Lunatic asylums Central Provinces reports 1895-1909 - 1895-1909
Year: 1895
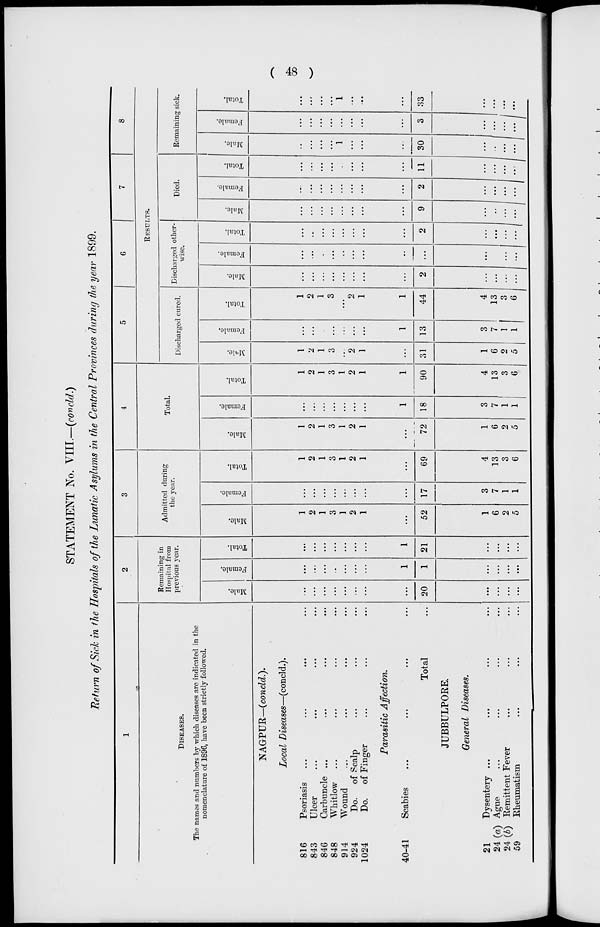
( 48 )
STATEMENT No. VIII.—(concld.)
Return of Sick in the Hospitals of the Lunatic Asylums in the Central Provinces during the year 1899.
1
DISEASES.
The names and numbers by which diseases are indicated in the
nomenclature of 1896, have been strictly followed.
NAGPUR—(concld.).
Local Diseases—(concld.).
816
843
846
848
914
924
1024
Psoriasis ... ... ... ...
Ulcer ... ... ... ...
Carbuncle ... ... ... ...
Whitlow ... ... ... ...
Wound ... ... ... ...
Do.
of Scalp ... ... ...
Do.
of Finger ... ... ...
Parasitic
Affection.
40-41
Scabies ... ... ... ...
Total ...
JUBBULPORE.
General Diseases.
21
24(a)
24(b)
59
Dysentery ... ... ... ...
Ague
...
...
...
...
Remittent Fever ... ... ...
Rheumatism ... ... ...
2
Remaining in
Hospital from
previous year.
Male.
...
...
...
...
...
...
...
...
20
...
...
...
...
Female.
...
...
...
...
...
...
...
1
1
...
...
...
...
Total.
...
...
...
...
...
...
...
1
21
...
...
...
...
3
Admitted during
the year.
Male.
1
2
1
3
1
2
1
...
52
1
6
2
5
Female.
...
...
...
...
...
...
...
...
17
3
7
1
1
Total.
1
2
1
3
1
2
1
...
69
4
13
3
6
4
Total.
Male.
1
2
1
3
1
2
1
...
72
1
6
2
5
Female.
...
...
...
...
...
...
...
1
18
3
7
1
1
Total.
1
2
1
3
1
2
1
1
90
4
13
3
6
5
6
7
8
RESULTS.
Discharged cured.
Male.
1
2
1
3
...
2
1
...
31
1
6
2
5
Female.
...
...
...
...
...
...
...
1
13
3
7
1
1
Total.
1
2
1
3
...
2
1
1
44
4
13
3
6
Discharged other-
wise.
Male.
...
...
...
...
...
...
...
...
2
...
...
...
...
Female.
...
...
...
...
...
...
...
...
...
...
...
...
...
Total.
...
...
...
...
...
...
...
...
2
...
...
...
...
Died.
Male.
...
...
...
...
...
...
...
...
9
...
..
...
...
Female.
...
...
...
...
...
...
...
...
2
...
...
...
...
Total.
...
...
...
...
..
...
...
...
11
...
...
...
...
Remaining sick.
Male.
...
...
...
...
1
...
...
...
30
...
...
...
...
Female.
...
...
...
...
...
...
...
...
3
...
...
...
...
Total.
...
...
...
...
1
...
...
...
33
...
...
...
...